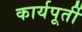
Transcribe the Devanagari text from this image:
कार्यपूर्ती